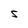
Character: S